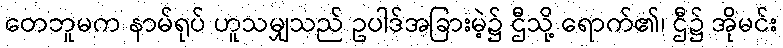
တေဘူမက နာမ်ရုပ် ဟူသမျှသည် ဥပါဒ်အခြားမဲ့၌ ဌီသို့ ရောက်၏၊ ဌီ၌ အိုမင်း